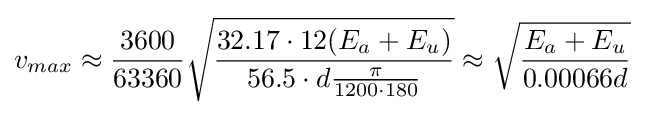
v_{max}\approx {\frac {3600}{63360}}{\sqrt {\frac {32.17\cdot 12(E_{a}+E_{u})}{56.5\cdot d{\frac {\pi }{1200\cdot 180}}}}}\approx {\sqrt {\frac {E_{a}+E_{u}}{0.00066d}}}